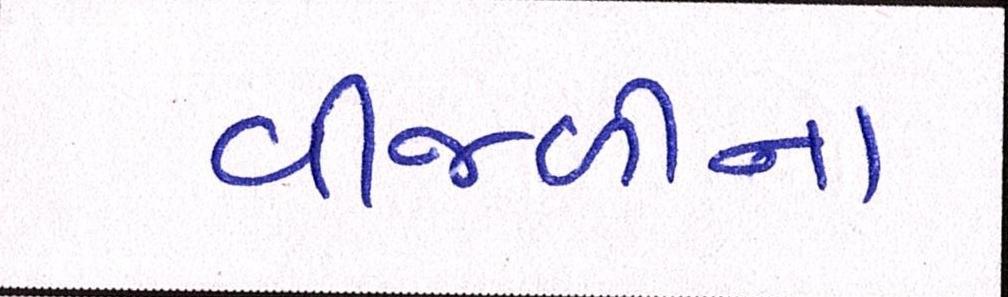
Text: વીજળીના